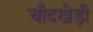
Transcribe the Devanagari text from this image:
चाँदखेड़ी